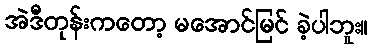
အဲဒီတုန်းကတော့ မအောင်မြင် ခဲ့ပါဘူး။